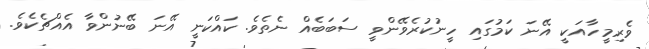
ވެރިމީހާއަކީ އޭނަ ކަމުގައި ހީނުކުރެވޭންވީ ސަބަބެއް ނެތެވެ. ކައްކަނީ އޭނަ ބޭނުންވާ އެއްޗެކެވެ.